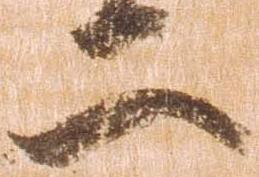
二